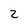
Character: 2